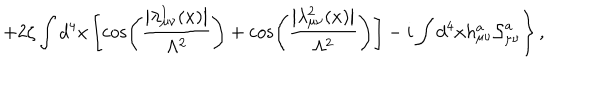
\left. + 2 \zeta \int d ^ { 4 } x \left[ \cos \left( \frac { \left| \lambda _ { \mu \nu } ^ { 1 } ( x ) \right| } { \Lambda ^ { 2 } } \right) + \cos \left( \frac { \left| \lambda _ { \mu \nu } ^ { 2 } ( x ) \right| } { \Lambda ^ { 2 } } \right) \right] - i \int d ^ { 4 } x h _ { \mu \nu } ^ { a } { \cal S } _ { \mu \nu } ^ { a } \right\} ,